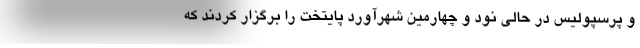
و پرسپولیس در حالی نود و چهارمین شهرآورد پایتخت را برگزار کردند که